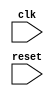
// Generator : SpinalHDL v1.4.3    git head : adf552d8f500e7419fff395b7049228e4bc5de26
// Component : testMatrix
// Git hash  : f67633dea3ec6c792def237f8a4a95fb21ccf674



module testMatrix (
  input               clk,
  input               reset
);
  wire       [8:0]    _zz_23;
  wire       [8:0]    _zz_24;
  wire       [8:0]    _zz_25;
  wire       [8:0]    _zz_26;
  wire       [8:0]    _zz_27;
  wire       [8:0]    _zz_28;
  wire       [8:0]    _zz_29;
  wire       [8:0]    _zz_30;
  wire       [8:0]    _zz_31;
  wire       [8:0]    _zz_32;
  wire       [8:0]    _zz_33;
  wire       [8:0]    _zz_34;
  reg        [7:0]    m1_mat_0_0;
  reg        [7:0]    m1_mat_0_1;
  reg        [7:0]    m1_mat_1_0;
  reg        [7:0]    m1_mat_1_1;
  reg        [7:0]    m2_mat_0_0;
  reg        [7:0]    m2_mat_0_1;
  reg        [7:0]    m2_mat_1_0;
  reg        [7:0]    m2_mat_1_1;
  reg        [7:0]    m3_mat_0_0;
  reg        [7:0]    m3_mat_0_1;
  reg        [7:0]    m3_mat_1_0;
  reg        [7:0]    m3_mat_1_1;
  reg        [8:0]    m4_mat_0_0;
  reg        [8:0]    m4_mat_0_1;
  reg        [8:0]    m4_mat_1_0;
  reg        [8:0]    m4_mat_1_1;
  reg        [8:0]    _zz_1;
  reg        [8:0]    _zz_2;
  reg        [8:0]    _zz_3;
  reg        [8:0]    _zz_4;
  reg        [15:0]   m1_mul_Matrix2D_0_0_0;
  wire       [7:0]    _zz_5;
  reg        [15:0]   m1_mul_Matrix2D_0_0_1;
  wire       [7:0]    _zz_6;
  reg        [8:0]    _zz_7;
  reg        [15:0]   m1_mul_Matrix2D_0_1_0;
  wire       [7:0]    _zz_8;
  reg        [15:0]   m1_mul_Matrix2D_0_1_1;
  wire       [7:0]    _zz_9;
  reg        [8:0]    _zz_10;
  reg        [8:0]    m5_mat_0_0;
  reg        [8:0]    m5_mat_0_1;
  reg        [8:0]    m5_mat_1_0;
  reg        [8:0]    m5_mat_1_1;
  reg        [15:0]   m1_mul_Matrix2D_0_0_0_1;
  wire       [7:0]    _zz_11;
  reg        [15:0]   m1_mul_Matrix2D_0_0_1_1;
  wire       [7:0]    _zz_12;
  reg        [8:0]    _zz_13;
  reg        [15:0]   m1_mul_Matrix2D_0_1_0_1;
  wire       [7:0]    _zz_14;
  reg        [15:0]   m1_mul_Matrix2D_0_1_1_1;
  wire       [7:0]    _zz_15;
  reg        [8:0]    _zz_16;
  reg        [15:0]   m1_mul_Matrix2D_1_0_0;
  wire       [7:0]    _zz_17;
  reg        [15:0]   m1_mul_Matrix2D_1_0_1;
  wire       [7:0]    _zz_18;
  reg        [8:0]    _zz_19;
  reg        [15:0]   m1_mul_Matrix2D_1_1_0;
  wire       [7:0]    _zz_20;
  reg        [15:0]   m1_mul_Matrix2D_1_1_1;
  wire       [7:0]    _zz_21;
  reg        [8:0]    _zz_22;

  assign _zz_23 = {_zz_5[7],_zz_5};
  assign _zz_24 = {_zz_6[7],_zz_6};
  assign _zz_25 = {_zz_8[7],_zz_8};
  assign _zz_26 = {_zz_9[7],_zz_9};
  assign _zz_27 = {_zz_11[7],_zz_11};
  assign _zz_28 = {_zz_12[7],_zz_12};
  assign _zz_29 = {_zz_14[7],_zz_14};
  assign _zz_30 = {_zz_15[7],_zz_15};
  assign _zz_31 = {_zz_17[7],_zz_17};
  assign _zz_32 = {_zz_18[7],_zz_18};
  assign _zz_33 = {_zz_20[7],_zz_20};
  assign _zz_34 = {_zz_21[7],_zz_21};
  assign _zz_5 = m1_mul_Matrix2D_0_0_0[15 : 8];
  assign _zz_6 = m1_mul_Matrix2D_0_0_1[15 : 8];
  assign _zz_8 = m1_mul_Matrix2D_0_1_0[15 : 8];
  assign _zz_9 = m1_mul_Matrix2D_0_1_1[15 : 8];
  assign _zz_11 = m1_mul_Matrix2D_0_0_0_1[15 : 8];
  assign _zz_12 = m1_mul_Matrix2D_0_0_1_1[15 : 8];
  assign _zz_14 = m1_mul_Matrix2D_0_1_0_1[15 : 8];
  assign _zz_15 = m1_mul_Matrix2D_0_1_1_1[15 : 8];
  assign _zz_17 = m1_mul_Matrix2D_1_0_0[15 : 8];
  assign _zz_18 = m1_mul_Matrix2D_1_0_1[15 : 8];
  assign _zz_20 = m1_mul_Matrix2D_1_1_0[15 : 8];
  assign _zz_21 = m1_mul_Matrix2D_1_1_1[15 : 8];
  always @ (posedge clk) begin
    m2_mat_0_0 <= m2_mat_0_1;
    m2_mat_1_0 <= m2_mat_1_1;
    m2_mat_0_1 <= m2_mat_0_0;
    m2_mat_1_1 <= m2_mat_1_0;
    m3_mat_0_0 <= m1_mat_0_0;
    m3_mat_0_1 <= m1_mat_0_1;
    m3_mat_1_0 <= m2_mat_1_0;
    m3_mat_1_1 <= m2_mat_1_1;
    m1_mat_0_0 <= m1_mat_1_0;
    m1_mat_0_1 <= m1_mat_1_1;
    m1_mat_1_0 <= m1_mat_0_0;
    m1_mat_1_1 <= m1_mat_0_1;
    m1_mul_Matrix2D_0_0_0 <= ($signed(m1_mat_0_0) * $signed(m2_mat_0_0));
    m1_mul_Matrix2D_0_0_1 <= ($signed(m1_mat_0_1) * $signed(m2_mat_1_0));
    _zz_7 <= ($signed(_zz_23) + $signed(_zz_24));
    _zz_1 <= _zz_7;
    m1_mul_Matrix2D_0_1_0 <= ($signed(m1_mat_0_0) * $signed(m2_mat_0_1));
    m1_mul_Matrix2D_0_1_1 <= ($signed(m1_mat_0_1) * $signed(m2_mat_1_1));
    _zz_10 <= ($signed(_zz_25) + $signed(_zz_26));
    _zz_2 <= _zz_10;
    _zz_3 <= _zz_1;
    _zz_4 <= _zz_2;
    m4_mat_0_0 <= _zz_1;
    m4_mat_0_1 <= _zz_2;
    m4_mat_1_0 <= _zz_3;
    m4_mat_1_1 <= _zz_4;
    m1_mul_Matrix2D_0_0_0_1 <= ($signed(m1_mat_0_0) * $signed(m2_mat_0_0));
    m1_mul_Matrix2D_0_0_1_1 <= ($signed(m1_mat_0_1) * $signed(m2_mat_1_0));
    _zz_13 <= ($signed(_zz_27) + $signed(_zz_28));
    m5_mat_0_0 <= _zz_13;
    m1_mul_Matrix2D_0_1_0_1 <= ($signed(m1_mat_0_0) * $signed(m2_mat_0_1));
    m1_mul_Matrix2D_0_1_1_1 <= ($signed(m1_mat_0_1) * $signed(m2_mat_1_1));
    _zz_16 <= ($signed(_zz_29) + $signed(_zz_30));
    m5_mat_0_1 <= _zz_16;
    m1_mul_Matrix2D_1_0_0 <= ($signed(m1_mat_1_0) * $signed(m2_mat_0_0));
    m1_mul_Matrix2D_1_0_1 <= ($signed(m1_mat_1_1) * $signed(m2_mat_1_0));
    _zz_19 <= ($signed(_zz_31) + $signed(_zz_32));
    m5_mat_1_0 <= _zz_19;
    m1_mul_Matrix2D_1_1_0 <= ($signed(m1_mat_1_0) * $signed(m2_mat_0_1));
    m1_mul_Matrix2D_1_1_1 <= ($signed(m1_mat_1_1) * $signed(m2_mat_1_1));
    _zz_22 <= ($signed(_zz_33) + $signed(_zz_34));
    m5_mat_1_1 <= _zz_22;
  end


endmodule